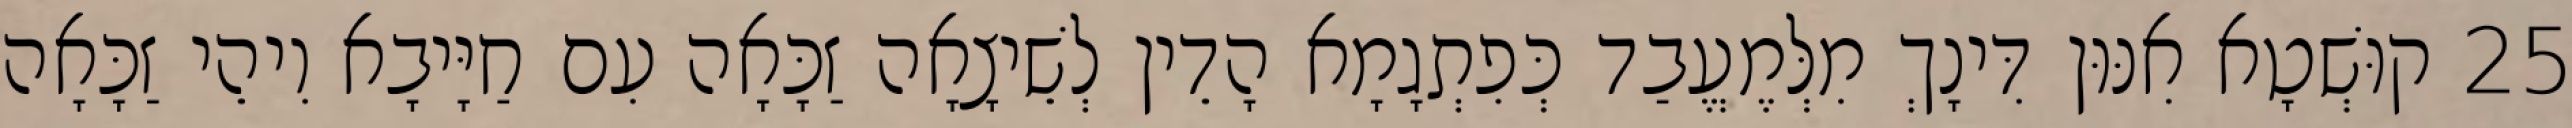
25 קוּשְׁטָא אִנּוּן דִּינָךְ מִלְּמֶעֱבַד כְּפִתְגָמָא הָדֵין לְשֵׁיצָאָה זַכָּאָה עִם חַיָּיבָא וִיהֵי זַכָּאָה